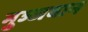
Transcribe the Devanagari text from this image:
मुञ्जवान